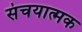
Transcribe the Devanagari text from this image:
संचयात्मक